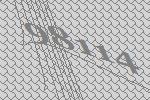
98114